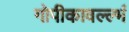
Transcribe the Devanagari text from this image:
गोपीकावल्ल्भं